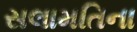
સલામતિના